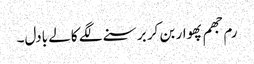
رم جھم پھوار بن کر برسنے لگے کالے بادل۔